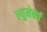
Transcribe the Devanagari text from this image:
ल्युनेबर्ग